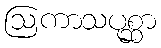
ဩကာသပုစ္ဆာ